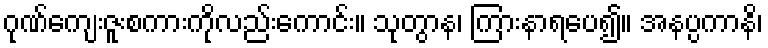
ဂုဏ်ကျေးဇူးစကားကိုလည်းကောင်း။ သုတွာန၊ ကြားနာရပေ၍။ အနပ္ပကာနိ၊